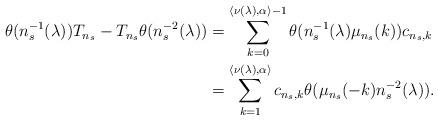
LaTeX: \begin{align*}\theta(n_s^{-1}(\lambda))T_{n_s} - T_{n_s}\theta(n_s^{-2}(\lambda))& = \sum_{k = 0}^{\langle \nu(\lambda),\alpha\rangle - 1}\theta(n_s^{-1}(\lambda)\mu_{n_s}(k))c_{n_s,k}\\& = \sum_{k = 1}^{\langle \nu(\lambda),\alpha\rangle}c_{n_s,k}\theta(\mu_{n_s}(-k)n_s^{-2}(\lambda)).\end{align*}